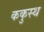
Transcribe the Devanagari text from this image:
ककुस्थ